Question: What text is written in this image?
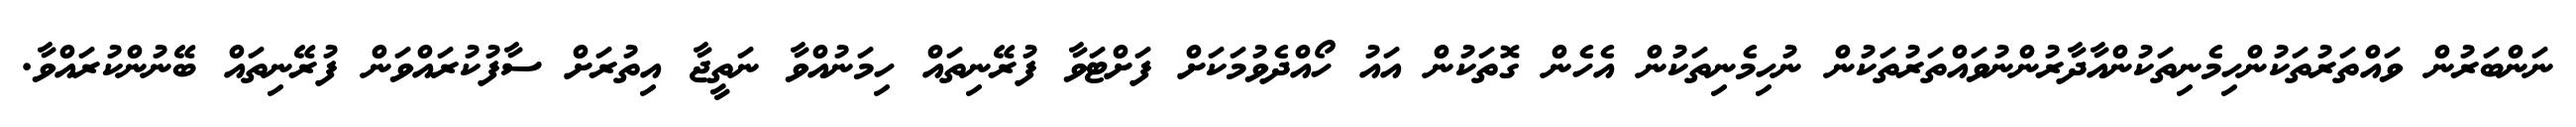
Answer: ނަންބަރުން ވައްތަރުތަކުންހިމެނިތަކުންއާދާރުންނުވައްތަރުތަކުން ނުހިމެނިތަކުން އެހެން ގޮތަކުން އައު ހޯއްދެވުމަކަށް ފަށްޓަވާ ފުރޭނިތައް ހިމަނުއްވާ ނަތީޖާ އިތުރަށް ސާފުކުރައްވަން ފުރޭނިތައް ބޭނުންކުރައްވާ.